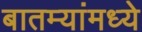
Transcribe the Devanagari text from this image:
बातम्यांमध्ये